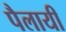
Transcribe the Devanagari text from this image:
पैलायी